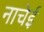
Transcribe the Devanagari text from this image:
नाचेई